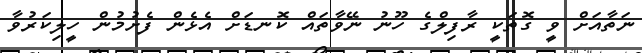
ނަތާއަށް ވީ ގޮތަކީ ރާފިލްގެ ހޫނު ނޭވާތައް ކޮނޑަށް އެޅެން ފެށުމުން ހީލިކަރުވާ